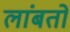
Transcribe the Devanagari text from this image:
लांबतो